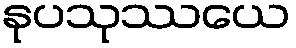
နုပသုဿယေ